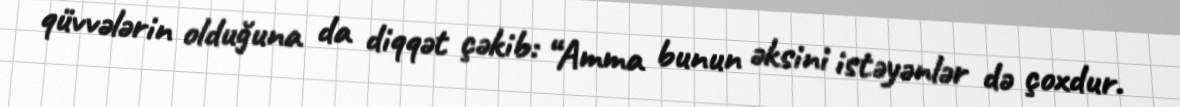
qüvvələrin olduğuna da diqqət çəkib: “Amma bunun əksini istəyənlər də çoxdur.